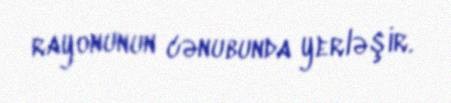
rayonunun cənubunda yerləşir.